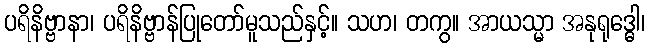
ပရိနိဗ္ဗာနာ၊ ပရိနိဗ္ဗာန်ပြုတော်မူသည်နှင့်။ သဟ၊ တကွ။ အာယသ္မာ အနုရုဒ္ဓေါ၊